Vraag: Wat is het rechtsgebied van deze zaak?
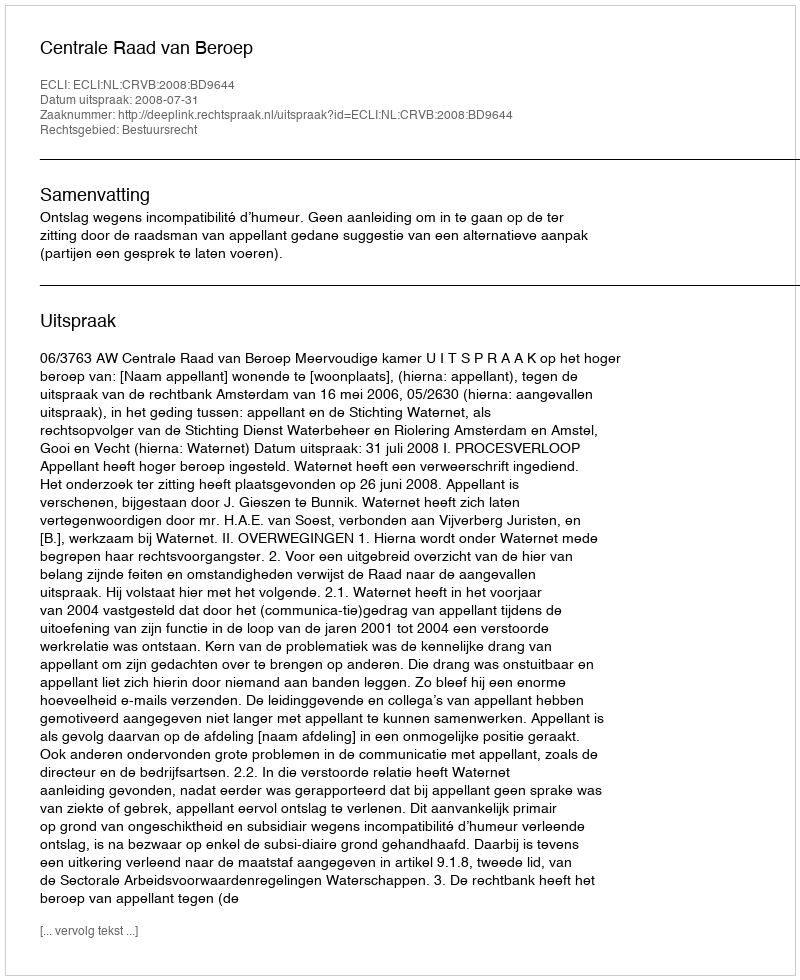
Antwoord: Bestuursrecht